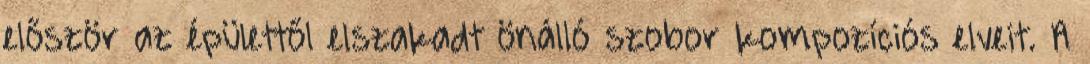
először az épülettől elszakadt önálló szobor kompozíciós elveit. A